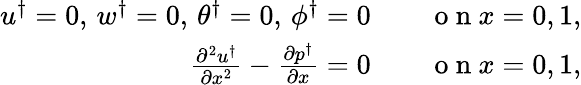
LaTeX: \begin{array}{rl}{u^{\dagger}=0,\, w^{\dagger}=0,\, \theta^{\dagger}=0,\, \phi^{\dagger}=0\quad}&{{}\mathrm{~o~n~}x=0,1,}\\ {\frac{\partial^{2}u^{\dagger}}{\partial x^{2}}-\frac{\partial p^{\dagger}}{\partial x}=0\quad}&{{}\mathrm{~o~n~}x=0,1,}\end{array}